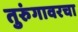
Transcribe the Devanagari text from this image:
तुरुंगावरचा